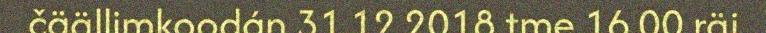
čäällimkoodán 31.12.2018 tme 16.00 räi